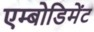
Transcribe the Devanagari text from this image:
एम्बोडिमेंट